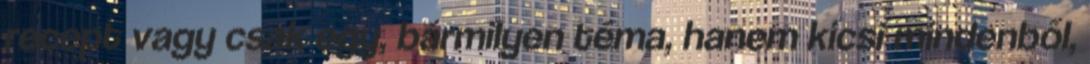
recept vagy csak egy, bármilyen téma, hanem kicsi mindenből,